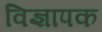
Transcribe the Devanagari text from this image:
विज्ञापक